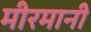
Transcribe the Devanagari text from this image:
मीरमानी